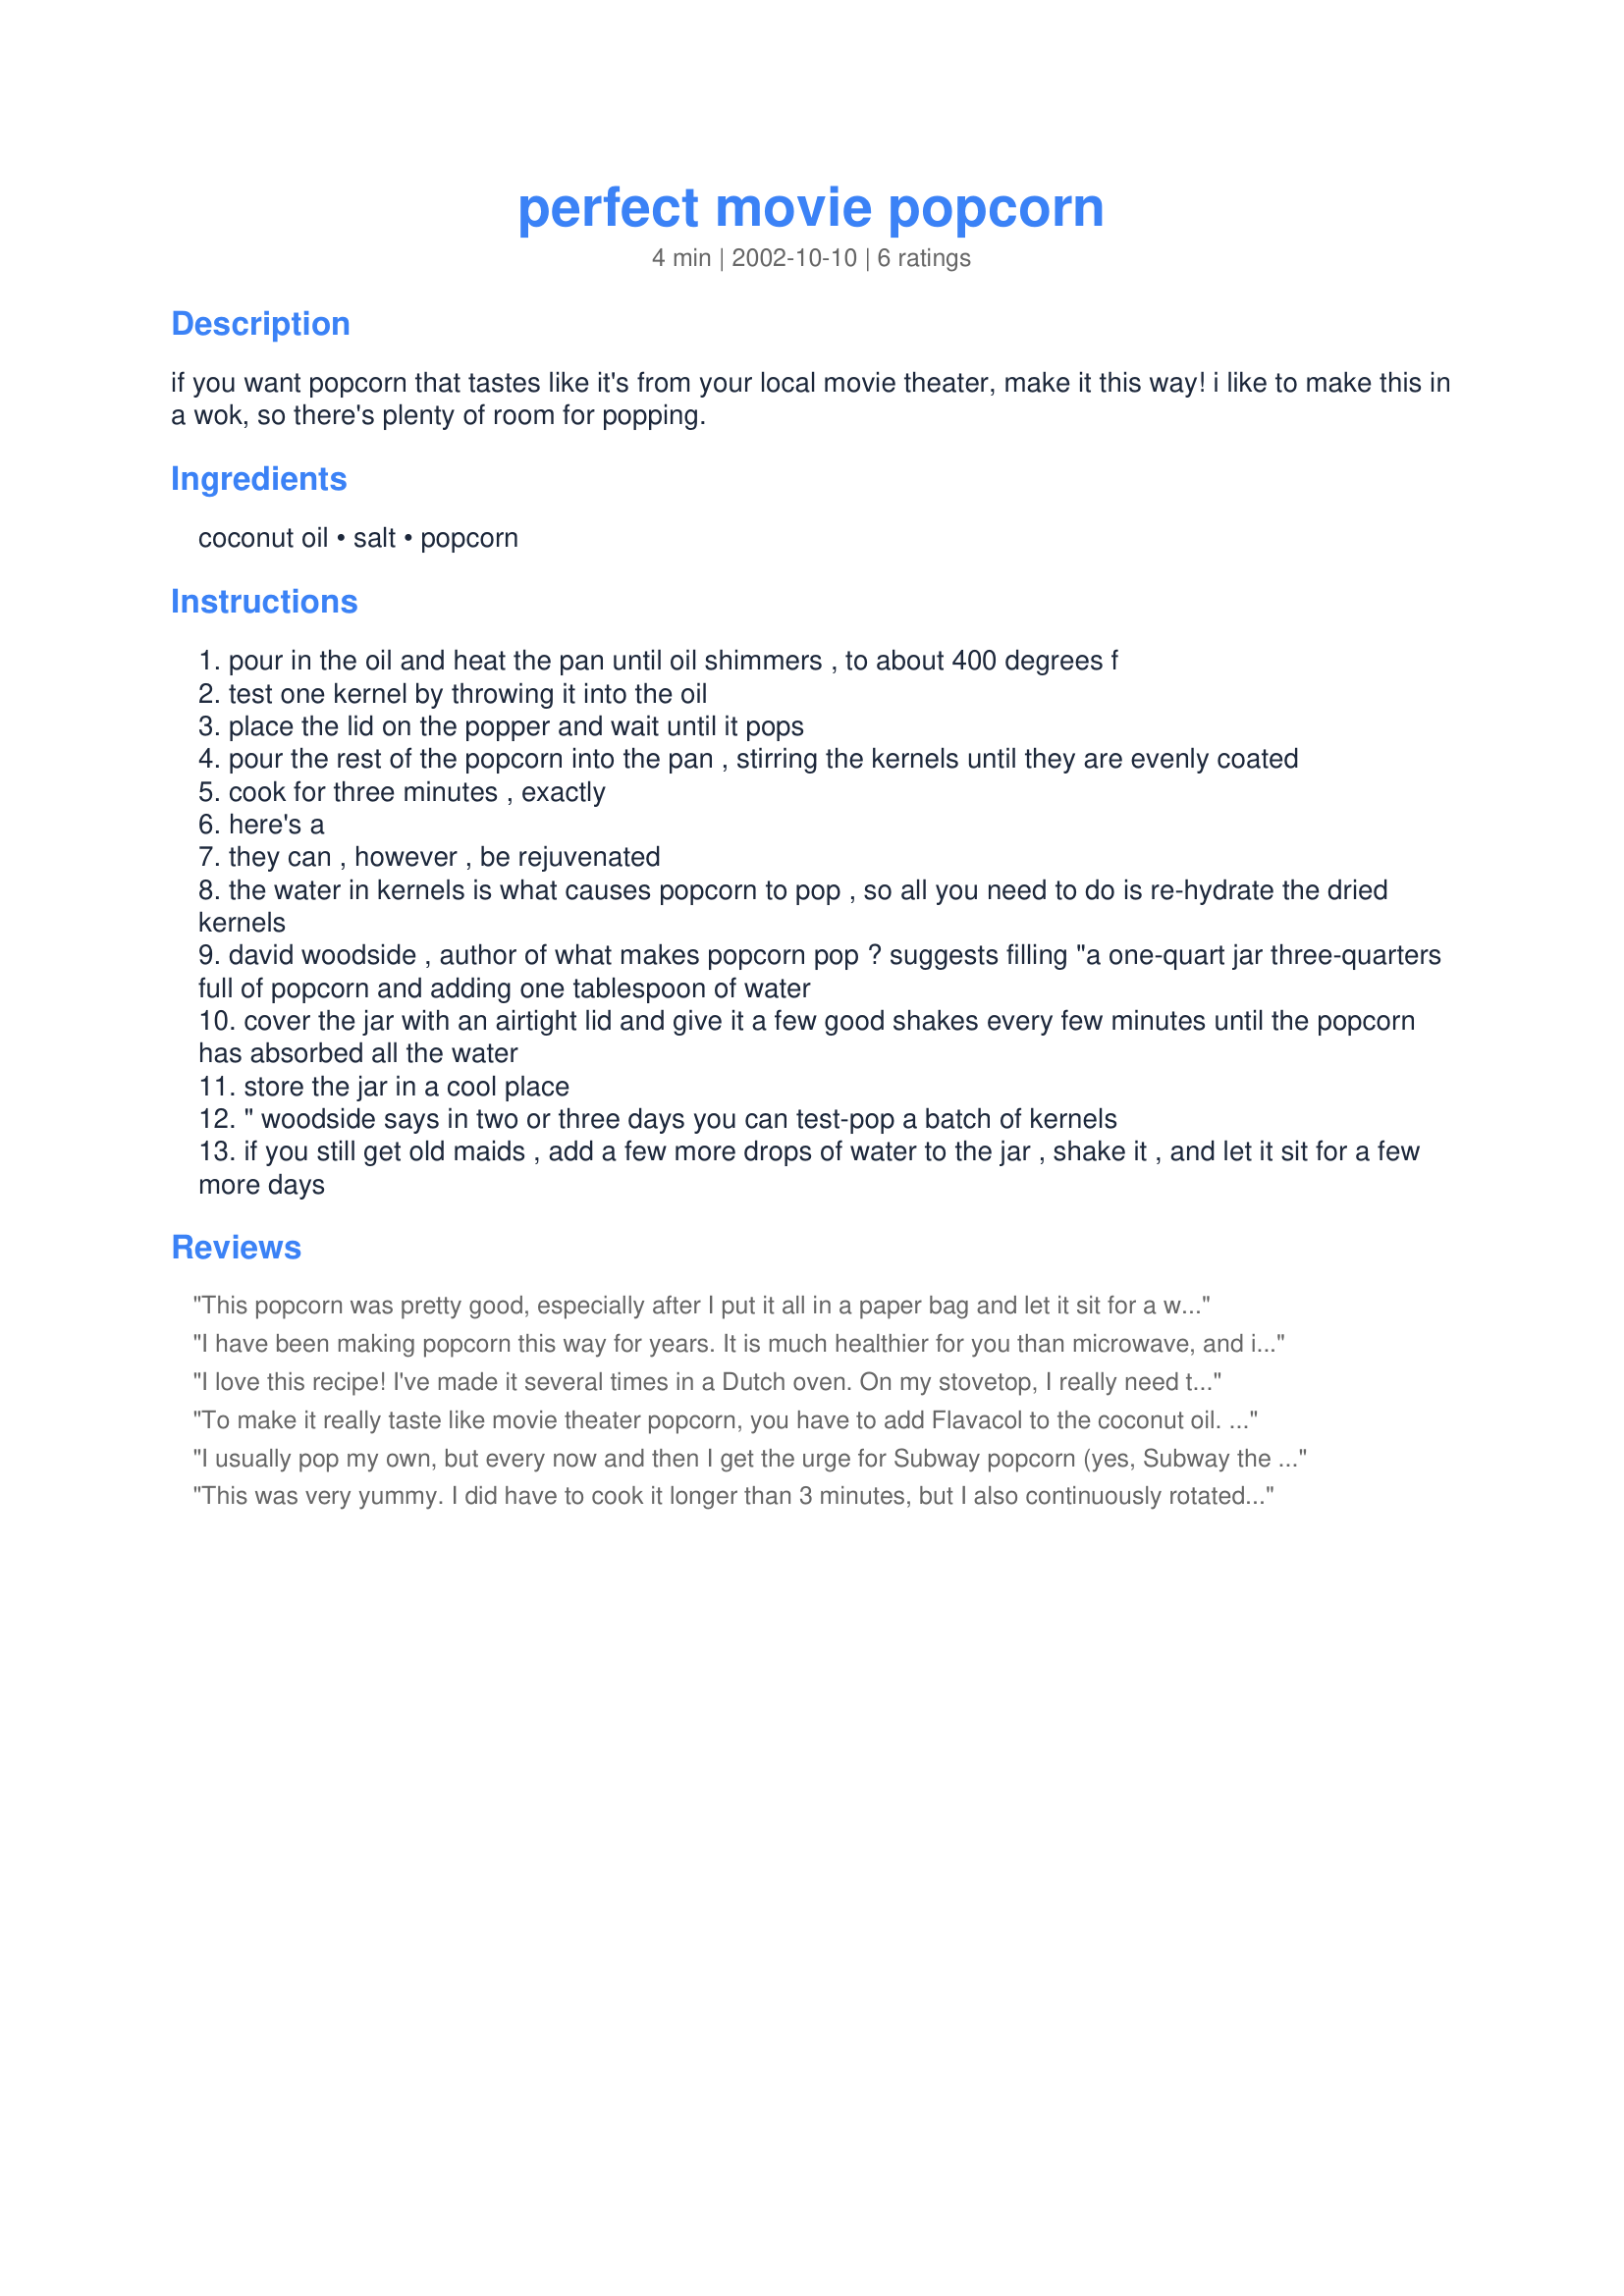
perfect movie popcorn
Preparation time: 4 minutes

if you want popcorn that tastes like it's from your local movie theater, make it this way! i like to make this in a wok, so there's plenty of room for popping.

Ingredients:
coconut oil, salt, popcorn

Steps:
pour in the oil and heat the pan until oil shimmers , to about 400 degrees f
test one kernel by throwing it into the oil
place the lid on the popper and wait until it pops
pour the rest of the popcorn into the pan , stirring the kernels until they are evenly coated
cook for three minutes , exactly
here's a
they can , however , be rejuvenated
the water in kernels is what causes popcorn to pop , so all you need to do is re-hydrate the dried kernels
david woodside , author of what makes popcorn pop ? suggests filling "a one-quart jar three-quarters full of popcorn and adding one tablespoon of water
cover the jar with an airtight lid and give it a few good shakes every few minutes until the popcorn has absorbed all the water
store the jar in a cool place
" woodside says in two or three days you can test-pop a batch of kernels
if you still get old maids , add a few more drops of water to the jar , shake it , and let it sit for a few more days

Reviews:
This popcorn was pretty good, especially after I put it all in a paper bag and let it sit for a while, it just got crisper. It didn't quite taste like movie theater popcorn to me though.
I have been making popcorn this way for years. It is much healthier for you than microwave, and it tastes much nicer than air popped. Coconut oil is extrememly good for you, and it doesn't lose its health properties when heated. I use a large pot (dutch oven) with a lid to prevent a huge mess.
I love this recipe! I've made it several times in a Dutch oven. On my stovetop, I really need to keep the popcorn moving or it will scorch, so i hold both handles of the pot and shake it around as it pops. It also cooks faster on my stovetop, but I just listen to the sounds of the popping to stop and pull it off.
To make it really taste like movie theater popcorn, you have to add Flavacol to the coconut oil. We buy ours at a restaurant supply, but you can buy single bags online (http://shop.justpoppin.com/gourmet-popcorn-seasoning-flavacol-movie-theater-flavoring.html). You can read reviews on the Flavacol there too, SOOOO many people swear by it because it's what the theaters use.
I usually pop my own, but every now and then I get the urge for Subway popcorn (yes, Subway the sandwich place). Using the coconut oil and Flavacol is almost identical to Subway&#039;s bagged or boxed popcorn. Thanks for the recipe and also to the member that suggested using Flavacol. I pop a Dutch oven full, place it in a large new brown paper bag, shake about 1/2 teaspoon of Flavacol and I have better than Subway popcorn.
This was very yummy. I did have to cook it longer than 3 minutes, but I also continuously rotated the pan on the stove to prevent the popcorn from scorching. To top the popcorn, I melted butter and drizzled it on top as soon as the popcorn was finished popping (be sure to shake it pretty well to avoid soggy popcorn). I loved this recipe and the popcorn did taste just like what I get at the movies! Thanks, Claire!
